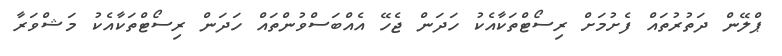
ޕްލޭން ދަތުރުތައް ފެށުމަށް ރިސޯޓްތަކާއެކު ހަދަން ޖެހޭ އެއްބަސްވުންތައް ހަދަން ރިސޯޓްތަކާއެކު މަޝްވަރާ